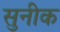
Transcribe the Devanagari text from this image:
सुनीक